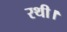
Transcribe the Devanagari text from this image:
रथी।